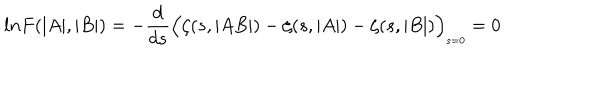
LaTeX: l n F ( \vert A \vert , \vert B \vert ) = - \frac { d } { d s } \Bigl ( \zeta ( s , \vert A B \vert ) - \zeta ( s , \vert A \vert ) - \zeta ( s , \vert B \vert ) \Bigr ) _ { \scriptscriptstyle s = 0 } = 0